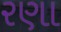
રણા